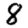
Digit: 8